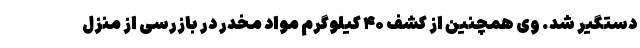
دستگیر شد. وی همچنین از کشف ۴۰ کیلوگرم مواد مخدر در بازرسی از منزل